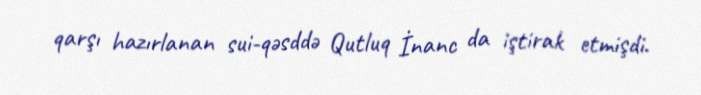
qarşı hazırlanan sui-qəsddə Qutluq İnanc da iştirak etmişdi.